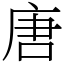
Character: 唐